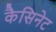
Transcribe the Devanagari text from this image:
कैसिनेट